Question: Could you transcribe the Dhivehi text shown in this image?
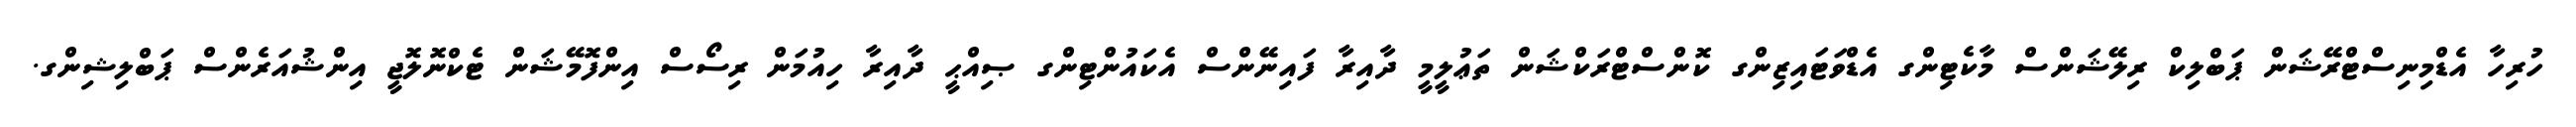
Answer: ހުރިހާ އެޑްމިނިސްޓްރޭޝަން ޕަބްލިކް ރިލޭޝަންސް މާކެޓިންގ އެޑްވަޓައިޒިންގ ކޮންސްޓްރަކްޝަން ތަޢުލީމީ ދާއިރާ ފައިނޭންސް އެކައުންޓިންގ ޞިއްޙީ ދާއިރާ ހިއުމަން ރިސޯސް އިންފޮމޭޝަން ޓެކްނޮލޮޖީ އިންޝުއަރެންސް ޕަބްލިޝިންގ.